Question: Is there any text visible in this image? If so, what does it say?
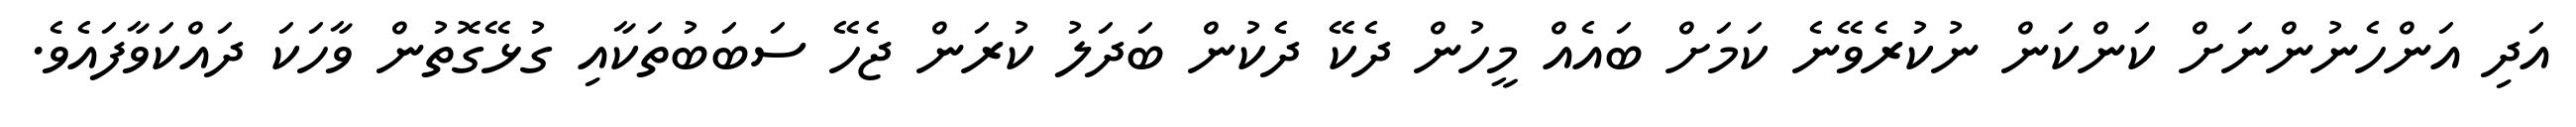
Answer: އަދި އަންހެނުންނަށް ކަންކަން ނުކުރެވޭނެ ކަމަށް ބައެއް މީހުން ދެކޭ ދެކުން ބަދަލު ކުރަން ޖެހޭ ސަބަބުތަކާއި ގުޅޭގޮތުން ވާހަކަ ދައްކަވާފައެވެ.